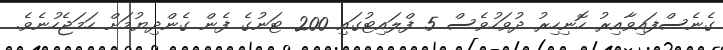
ގެނެސްފައިވާއިރު ހޮނިހިރު ދުވަހުވެސް 5 ފްލައިޓުގައި 200 ޓަނުގެ ފެން ގެންދިޔުމަށް ހަމަޖެހުނެވެ.